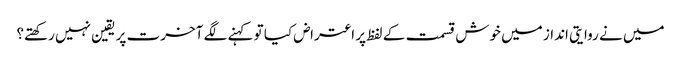
میں نے روایتی انداز میں خوش قسمت کے لفظ پر اعتراض کیا تو کہنے لگے آخرت پر یقین نہیں رکھتے؟